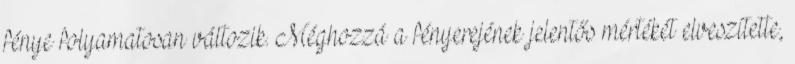
fénye folyamatosan változik. Méghozzá a fényerejének jelentős mértékét elveszítette,